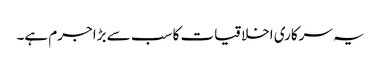
یہ سرکاری اخلاقیات کا سب سے بڑا جرم ہے۔